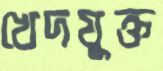
খেদযুক্ত